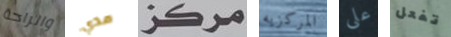
والراحة مدي مرطز المركزيه على تفعل